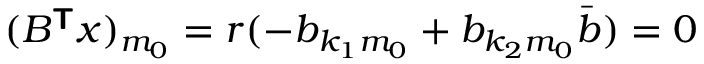
( B ^ { \boldsymbol { \mathsf { T } } } \boldsymbol { x } ) _ { m _ { 0 } } = r ( - b _ { { k _ { 1 } } { m _ { 0 } } } + b _ { { k _ { 2 } } { m _ { 0 } } } \bar { b } ) = 0